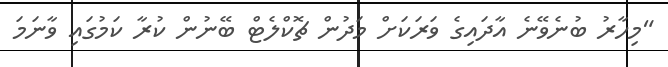
"މިހާރު ބުނެވޭނެ އާދައިގެ ވަރަކަށް މަދުން ޗޮކްލެޓް ބޭނުން ކުރާ ކަމުގައި ވާނަމަ